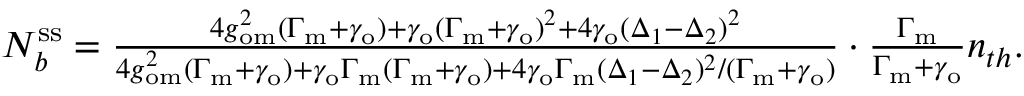
\begin{array} { r } { N _ { b } ^ { \mathrm { s s } } = \frac { 4 g _ { \mathrm { o m } } ^ { 2 } ( \Gamma _ { \mathrm { m } } + \gamma _ { \mathrm { o } } ) + \gamma _ { \mathrm { o } } ( \Gamma _ { \mathrm { m } } + \gamma _ { \mathrm { o } } ) ^ { 2 } + 4 \gamma _ { \mathrm { o } } ( \Delta _ { 1 } - \Delta _ { 2 } ) ^ { 2 } } { 4 g _ { \mathrm { o m } } ^ { 2 } ( \Gamma _ { \mathrm { m } } + \gamma _ { \mathrm { o } } ) + \gamma _ { \mathrm { o } } \Gamma _ { \mathrm { m } } ( \Gamma _ { \mathrm { m } } + \gamma _ { \mathrm { o } } ) + 4 \gamma _ { \mathrm { o } } \Gamma _ { \mathrm { m } } ( \Delta _ { 1 } - \Delta _ { 2 } ) ^ { 2 } / ( \Gamma _ { \mathrm { m } } + \gamma _ { \mathrm { o } } ) } \cdot \frac { \Gamma _ { \mathrm { m } } } { \Gamma _ { \mathrm { m } } + \gamma _ { \mathrm { o } } } n _ { t h } . } \end{array}